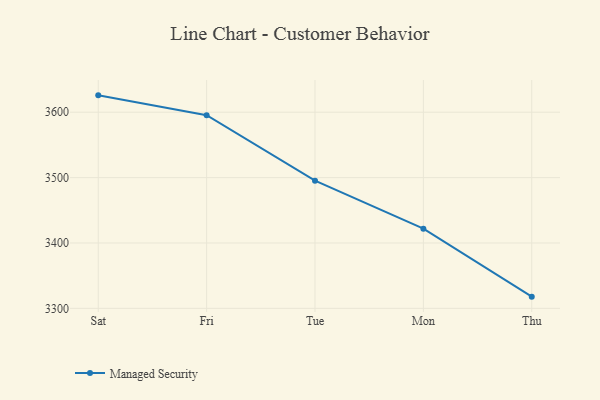
{"axis": {"x": "Day", "y": "Budget (USD K)"}, "legend": ["Managed Security"], "data": [{"x": "Sat", "y": 3625.8, "type": "Managed Security"}, {"x": "Fri", "y": 3595.4, "type": "Managed Security"}, {"x": "Tue", "y": 3495.2, "type": "Managed Security"}, {"x": "Mon", "y": 3421.9, "type": "Managed Security"}, {"x": "Thu", "y": 3317.9, "type": "Managed Security"}]}